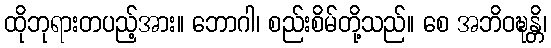
ထိုဘုရားတပည့်အား။ ဘောဂါ၊ စည်းစိမ်တို့သည်။ စေ အဘိဝဍ္ဎန္တိ၊